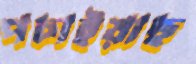
পচাইয়াছ